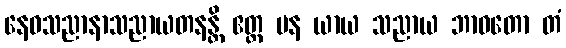
နေဝသညာနာသညာယတနန္တိ ဧတ္ထ ပန ယာယ သညာယ ဘာဝတော တံ